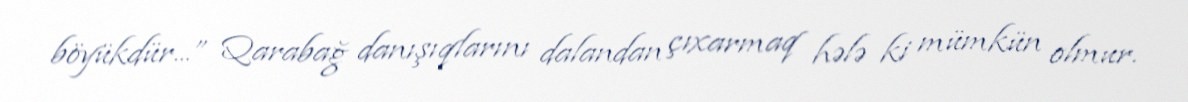
böyükdür...” Qarabağ danışıqlarını dalandan çıxarmaq hələ ki mümkün olmur.